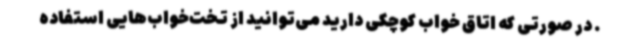
. در صورتی که اتاق خواب کوچکی دارید می‌توانید از تخت‌خواب‌هایی استفاده